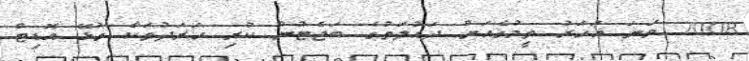
2008 ވަނަ އަހަރު ތީމުގެއަށް ދައުލަތުގެ ބަޖެޓުން ކުރި ހަރަދުތަކާ ގުޅޭ އޮޑިޓް